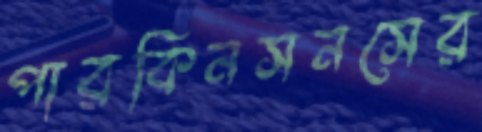
পারকিনসনসের